Madras plague regulations in force outside the Presidency town - Volume 1
Disease focus: Plague
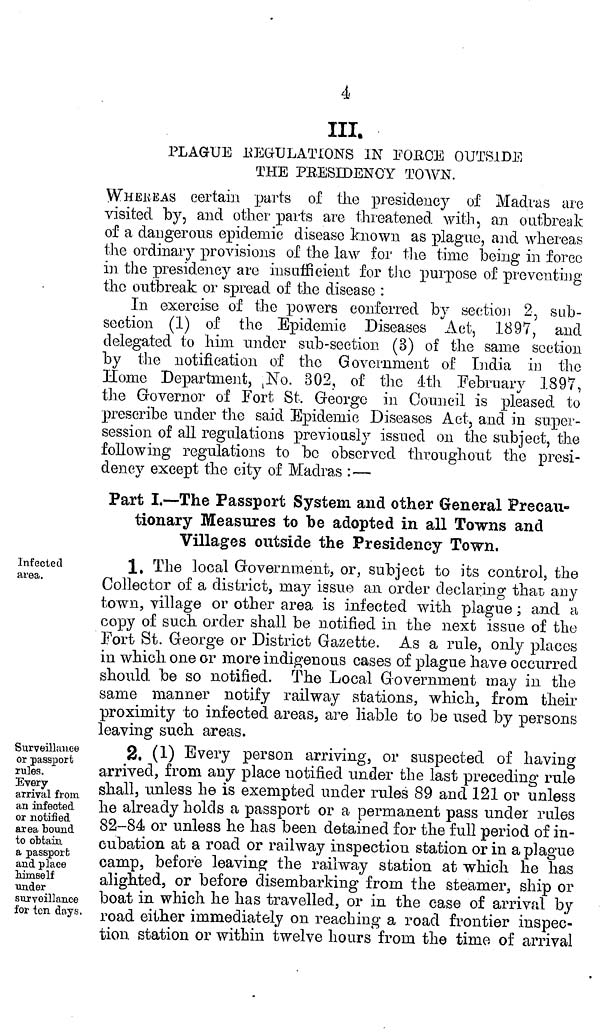
4
III.
PLAGUE REGULATIONS IN FORCE OUTSIDE
THE PRESIDENCY TOWN.
WHEREAS certain parts of the presidency of Madras are
visited by, and other parts are threatened with, an outbreak
of a dangerous epidemic disease known as plague, and whereas
the ordinary provisions of the law for the time being in force
in the presidency are insufficient for the purpose of preventing
the outbreak or spread of the disease :
In exercise of the powers conferred by section 2, sub-
section (1) of the Epidemic Diseases Act, 1897, and
delegated to him under sub-section (3) of the same section
by the notification of the Government of Lidia in the
Home Department, No. 302, of the 4th February 1897,
the Governor of Fort St. George in Council is pleased to
prescribe under the said Epidemic Diseases Act, and in super-
session of all regulations previously issued on the subject, the
following regulations to be observed throughout the presi-
dency except the city of Madras :—
Part I.—The Passport System and other General Precau-
tionary Measures to be adopted in all Towns and
Villages outside the Presidency Town.
Infected
area.
1, The local Government, or, subject to its control, the
Collector of a district, may issue an. order declaring that any
town, village or other area is infected with plague ; and a
copy of such order shall be notified in the next issue of the
Fort St. George or District Gazette. As a rule, only places
in which one or more indigenous cases of plague have occurred
should be so notified. The Local Government may in the
same manner notify railway stations, which, from then-
proximity to infected areas, are liable to be used by persons
leaving such areas.
Surveillance
or passport
rules.
Every
arrival from,
an infected
or notified
area bound
to obtain,
a passport
and place
himself
under
surveillance
for ten days.
2, (1) Every person arriving, or suspected of having
arrived, from any place notified under the last preceding rule
shall, unless he is exempted under rules 89 and 121 or unless
he already holds a passport or a permanent pass under rules
82-84 or unless he has been detained for the full period of in-
cubation at a road or railway inspection station or in a plague
camp, before leaving the railway station at which he has
alighted, or before disembarking from, the steamer, ship or
boat in which he has travelled, or in the case of arrival by
road either immediately on reaching a road frontier inspec-
tion station or within twelve hours from the tima of arrival